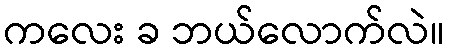
ကလေး ခ ဘယ်လောက်လဲ။